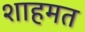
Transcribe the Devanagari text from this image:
शाहमत